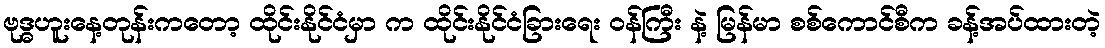
ဗုဒ္ဓဟူးနေ့တုန်းကတော့ ထိုင်းနိုင်ငံမှာ က ထိုင်းနိုင်ငံခြားရေး ဝန်ကြီး နဲ့ မြန်မာ စစ်ကောင်စီက ခန့်အပ်ထားတဲ့